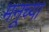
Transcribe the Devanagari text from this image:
मनूच्या